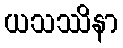
ယသဿိနာ